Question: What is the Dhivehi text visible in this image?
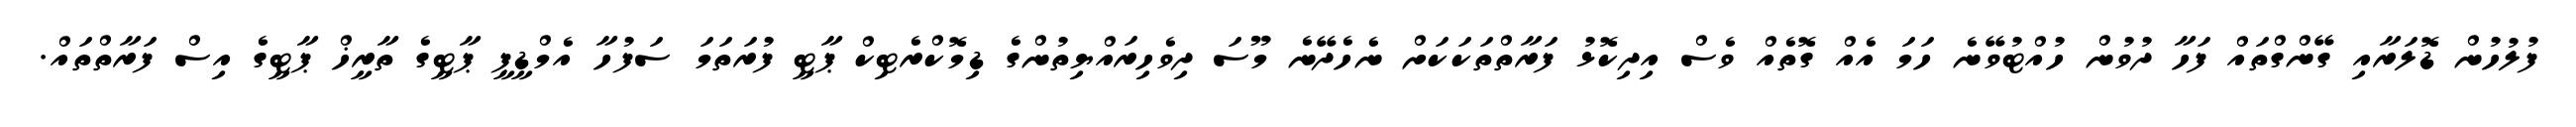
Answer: ފުލުހުން ޑޮލަރާއި ގޭންގްތައް ފަހާ ދުވުން ހުއްޓުވޭނެ ހަމަ އެއް ގޮތެއް ވެސް އިދިކޮޅު ފަރާތްތަކަކަށް ނެހެދޭނެ މޫސަ ދިވެހިރައްޔިތުންގެ ޑިމޮކްރެޓިކް ޕާޓީ ފުރަތަމަ ސަފުހާ އެމްޑީޕީ ޕާޓީގެ ތާރީޚް ޕާޓީގެ އިސް ފަރާތްތައް.